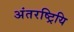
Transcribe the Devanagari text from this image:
अंतरष्ट्रियि